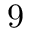
9